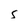
Character: S